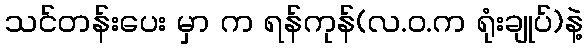
သင်တန်းပေး မှာ က ရန်ကုန်(လ.ဝ.က ရုံးချုပ်)နဲ့